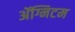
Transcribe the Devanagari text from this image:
ॲग्निटम